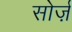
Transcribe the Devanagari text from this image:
सोर्ज़